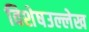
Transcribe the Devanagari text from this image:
विशेषउल्लेख